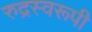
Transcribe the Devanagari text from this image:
रुद्रस्वरूपी